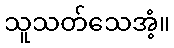
သူသတ်သေအံ့။